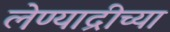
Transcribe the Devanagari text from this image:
लेण्याद्रीच्या